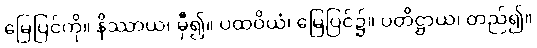
မြေပြင်ကို။ နိဿာယ၊ မှီ၍။ ပထဝိယံ၊ မြေပြင်၌။ ပတိဋ္ဌာယ၊ တည်၍။